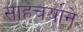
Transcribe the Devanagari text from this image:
साहचर्याने